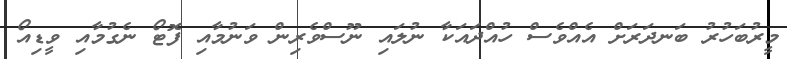
މީރުބަހުރު ބަނދަރަށް އެއްވެސް ހުއްދައަކާ ނުލައި ނޫސްވެރިން ވަނުމާއި ފޮޓޯ ނެގުމާއި ވީޑިއޯ